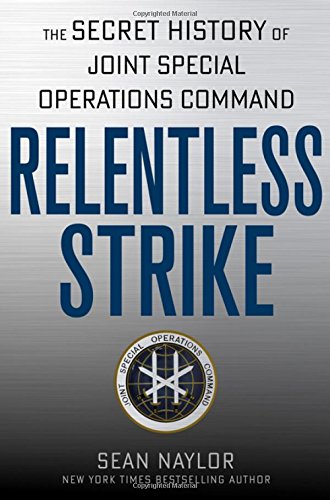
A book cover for Relentless Strike: The Secret History of Joint Special Operations Command; Sean Naylor; History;